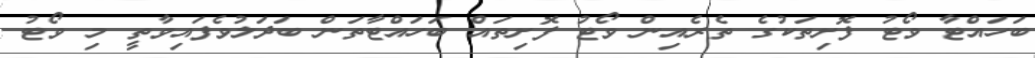
ބަހައްޓާ ވޯޓު ފޮށިތަކުގެ ތެރެއިން ވޯޓު ފޮށިތައް ބަހައްޓާތަން ބަދަލުވެފައިވާތީ މި ވޯޓު